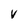
Character: V